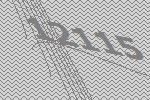
12115